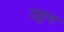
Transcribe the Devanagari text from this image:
उठुन